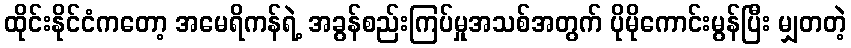
ထိုင်းနိုင်ငံကတော့ အမေရိကန်ရဲ့ အခွန်စည်းကြပ်မှုအသစ်အတွက် ပိုမိုကောင်းမွန်ပြီး မျှတတဲ့